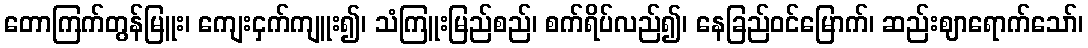
တောကြက်တွန်မြူး၊ ကျေးငှက်ကျူး၍၊ သံကြူးမြည်စည်၊ စက်ရိပ်လည်၍၊ နေခြည်ဝင်မြောက်၊ ဆည်းဈာရောက်သော်၊